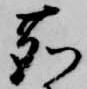
鹿